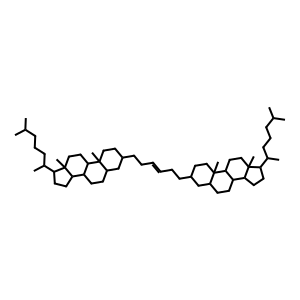
SMILES: CC(C)CCCC(C)C1CCC2C3CCC4CC(CCC=CCCC5CCC6(C)C(CCC7C6CCC6(C)C(C(C)CCCC(C)C)CCC76)C5)CCC4(C)C3CCC12C
Inhibits HIV replication: No